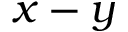
x - y